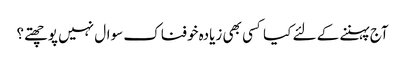
آج پہننے کے لئے کیا کسی بھی زیادہ خوفناک سوال نہیں پوچھتے؟